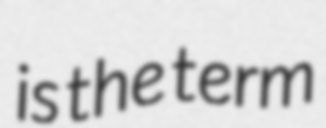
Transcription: is the term